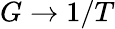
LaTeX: G\to 1/T